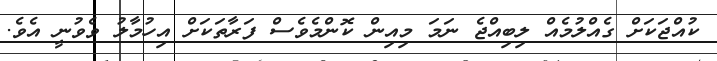
ކުއްޖަކަށް ގެއްލުމެއް ލިބިއްޖެ ނަމަ މިއިން ކޮންމެވެސް ފަރާތަކަށް އިހުމާލު ވެވުނީ އެވެ.